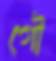
গৌ